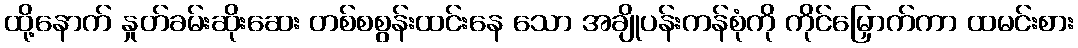
ထို့နောက် နှုတ်ခမ်းဆိုးဆေး တစ်စစွန်းထင်းနေ သော အချိုပန်းကန်စုံကို ကိုင်မြှောက်ကာ ထမင်းစား